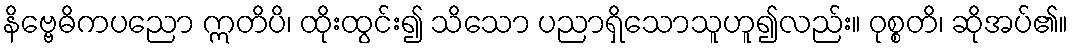
နိဗ္ဗေဓိကပညော ဣတိပိ၊ ထိုးထွင်း၍ သိသော ပညာရှိသောသူဟူ၍လည်း။ ဝုစ္စတိ၊ ဆိုအပ်၏။